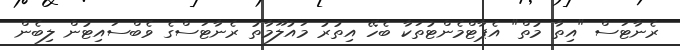
ރެނާޓަސް "އިތާ މުތް" އެޕާޓްމެންޓުތަކާ ބެހޭ އިތުރު މައުލޫމާތު ރެނާޓަސްގެ ވެބްސައިޓުން ލިބެން